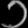
Digit: ၁